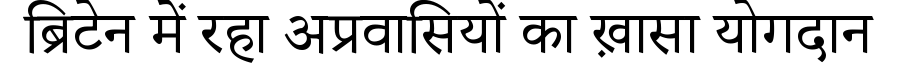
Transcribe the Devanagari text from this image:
ब्रिटेन में रहा अप्रवासियों का ख़ासा योगदान